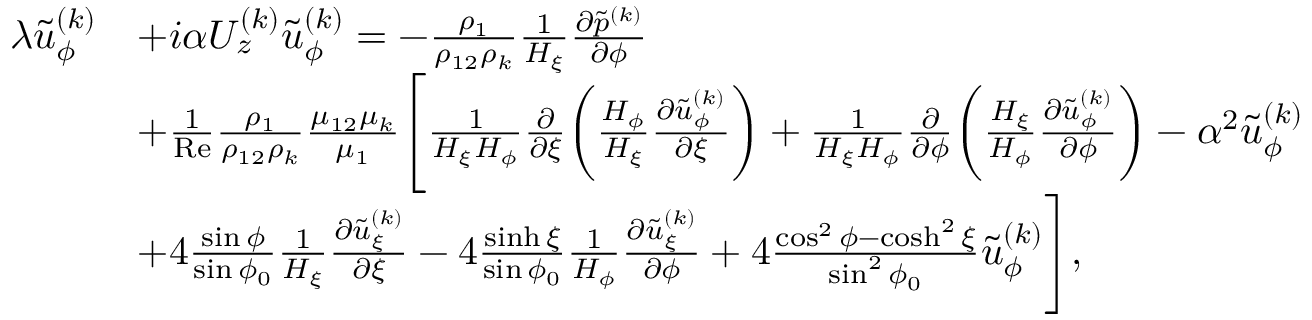
\begin{array} { r l } & { \begin{array} { r l } { \lambda \tilde { u } _ { \phi } ^ { ( k ) } } & { + i \alpha U _ { z } ^ { ( k ) } \tilde { u } _ { \phi } ^ { ( k ) } = - \frac { \rho _ { 1 } } { \rho _ { 1 2 } \rho _ { k } } \frac { 1 } { H _ { \xi } } \frac { \partial \tilde { p } ^ { ( k ) } } { \partial \phi } } \\ & { + \frac { 1 } { \mathrm { R e } } \frac { \rho _ { 1 } } { \rho _ { 1 2 } \rho _ { k } } \frac { \mu _ { 1 2 } \mu _ { k } } { \mu _ { 1 } } \Biggl [ \frac { 1 } { H _ { \xi } H _ { \phi } } \frac { \partial } { \partial \xi } \biggl ( \frac { H _ { \phi } } { H _ { \xi } } \frac { \partial \tilde { u } _ { \phi } ^ { ( k ) } } { \partial \xi } \biggr ) + \frac { 1 } { H _ { \xi } H _ { \phi } } \frac { \partial } { \partial \phi } \biggl ( \frac { H _ { \xi } } { H _ { \phi } } \frac { \partial \tilde { u } _ { \phi } ^ { ( k ) } } { \partial \phi } \biggr ) - \alpha ^ { 2 } \tilde { u } _ { \phi } ^ { ( k ) } } \\ & { + 4 \frac { \sin \phi } { \sin \phi _ { 0 } } \frac { 1 } { H _ { \xi } } \frac { \partial \tilde { u } _ { \xi } ^ { ( k ) } } { \partial \xi } - 4 \frac { \sinh \xi } { \sin \phi _ { 0 } } \frac { 1 } { H _ { \phi } } \frac { \partial \tilde { u } _ { \xi } ^ { ( k ) } } { \partial \phi } + 4 \frac { \cos ^ { 2 } \phi - \cosh ^ { 2 } \xi } { \sin ^ { 2 } \phi _ { 0 } } \tilde { u } _ { \phi } ^ { ( k ) } \Biggr ] , } \end{array} } \end{array}